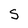
Character: S